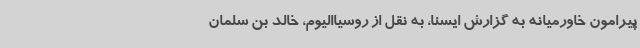
پیرامون خاورمیانه به گزارش ایسنا، به نقل از روسیاالیوم، خالد بن سلمان